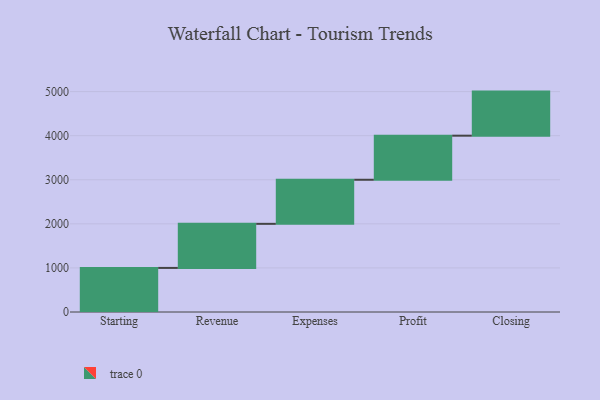
{"axis": {"x": "Step", "y": "Value"}, "legend": [""], "data": [{"x": "Starting", "y": 1000, "type": ""}, {"x": "Revenue", "y": 1000, "type": ""}, {"x": "Expenses", "y": 1000, "type": ""}, {"x": "Profit", "y": 1000, "type": ""}, {"x": "Closing", "y": 1000, "type": ""}]}